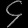
Digit: ၄